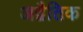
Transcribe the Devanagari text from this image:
अद्वैतिक